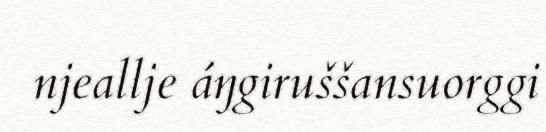
njeallje áŋgiruššansuorggi